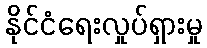
နိုင်ငံရေးလှုပ်ရှားမှု